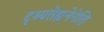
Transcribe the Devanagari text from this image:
दृश्यतेह्यनेनेति